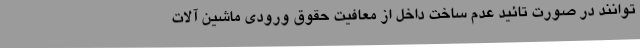
‌توانند در صورت تائید عدم ساخت داخل از معافیت حقوق ورودی ماشین آلات